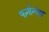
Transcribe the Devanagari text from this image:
फर्नान्देझ